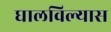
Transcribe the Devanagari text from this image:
घालविल्यास